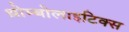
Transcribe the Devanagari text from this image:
थ्रोम्बोलाइटिक्स